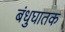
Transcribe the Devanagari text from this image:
बंधुघातक